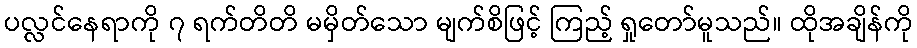
ပလ္လင်နေရာကို ၇ ရက်တိတိ မမှိတ်သော မျက်စိဖြင့် ကြည့် ရှုတော်မူသည်။ ထိုအချိန်ကို